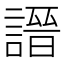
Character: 𧪽